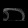
Digit: ၈